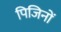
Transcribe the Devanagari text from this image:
पिजिनों